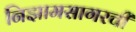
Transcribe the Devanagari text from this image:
निझामसागरची